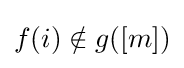
f(i)\notin g([m])